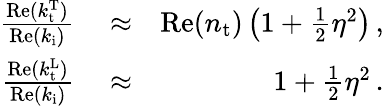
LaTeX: \begin{array}{rlr}{\frac{\mathrm{Re}(k_{\mathrm{t}}^{\mathrm{T}})}{\mathrm{Re}(k_{\mathrm{i}})}}&{{}\approx}&{\mathrm{Re}(n_{\mathrm{t}})\left(1+\frac{1}{2}\eta^{2}\right)\, ,}\\ {\frac{\mathrm{Re}(k_{\mathrm{t}}^{\mathrm{L}})}{\mathrm{Re}(k_{\mathrm{i}})}}&{{}\approx}&{1+\frac{1}{2}\eta^{2}\, .}\end{array}